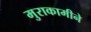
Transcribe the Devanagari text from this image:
मुराकामीने